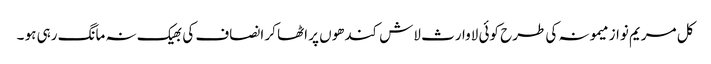
کل مریم نواز میمونہ کی طرح کوئی لاوارث لاش کندھوں پر اٹھا کر انصاف کی بھیک نہ مانگ رہی ہو ۔